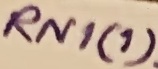
Text: RN1(1)